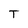
Character: T